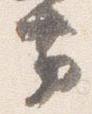
帯